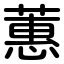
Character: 蕙